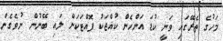
މަހުގެ ތެރޭގައި ވަނީ ކުޑަ އަންހެން ކުއްޖަކު ފޮއްޓަކަށް ލައި ބޭނުން ނުވެގެން